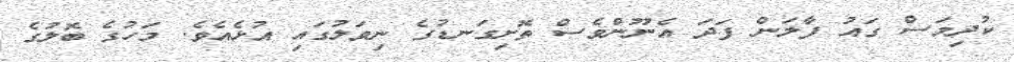
ކުދިމަސް ގައު ފާލަން ފަދަ އެނޫންވެސް ތޮށިގަނޑުގެ ނިވަލުގައި އުޅެއެވެ. މަހުގެ ބޮލުގެ